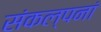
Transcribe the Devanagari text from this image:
संकल्पनां